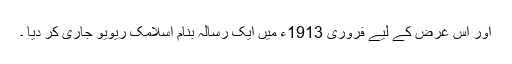
اور اس غرض کے لیے فروری 1913ء میں ایک رسالہ بنام اسلامک ریویو جاری کر دیا ۔